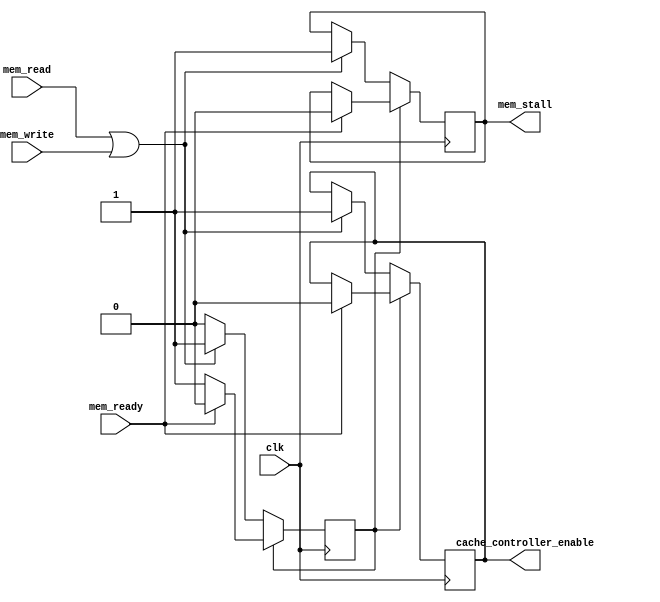
module MA_CU(
    input mem_write,
    input mem_read,
    input clk,
    input mem_ready,
    output reg mem_stall,
    output reg cache_controller_enable
);
    reg state = 0;

    initial begin
        state = 0;
    end

    always @(negedge clk)
    begin
        if (state == 0)
        begin
            if (mem_read || mem_write)
            begin
                cache_controller_enable <= 1;
                state <= 1;
                mem_stall <= 1;
            end
        end  
        else
        begin
            if (mem_ready)
            begin
                mem_stall <= 0;
                state <= 0;
                cache_controller_enable <= 0;
            end
        end      
    end


    // initial begin
    //     cache_controller_enable = 0;
    //     state = 0;
    // end

    // initial begin
    //     $monitor("%d", state);
    // end

    // always @(posedge clk)
    // begin
    //     if(state == 0)
    //         state <= 1;
    //     else if(state == 1)
    //         state <= 2;
    //     else if(state == 2)
    //         state <= 3;
    //     else if(state == 3)
    //     begin
    //         cache_controller_enable <= 1;
    //         state <= 4;
    //     end
    //     else if(state == 4)
    //     begin
    //         if (mem_ready)
    //             state <= 5;
    //     end
    //     else if(state == 5)
    //     begin
    //         cache_controller_enable <= 0;
    //         state <= 0;
    //     end
    // end
endmodule